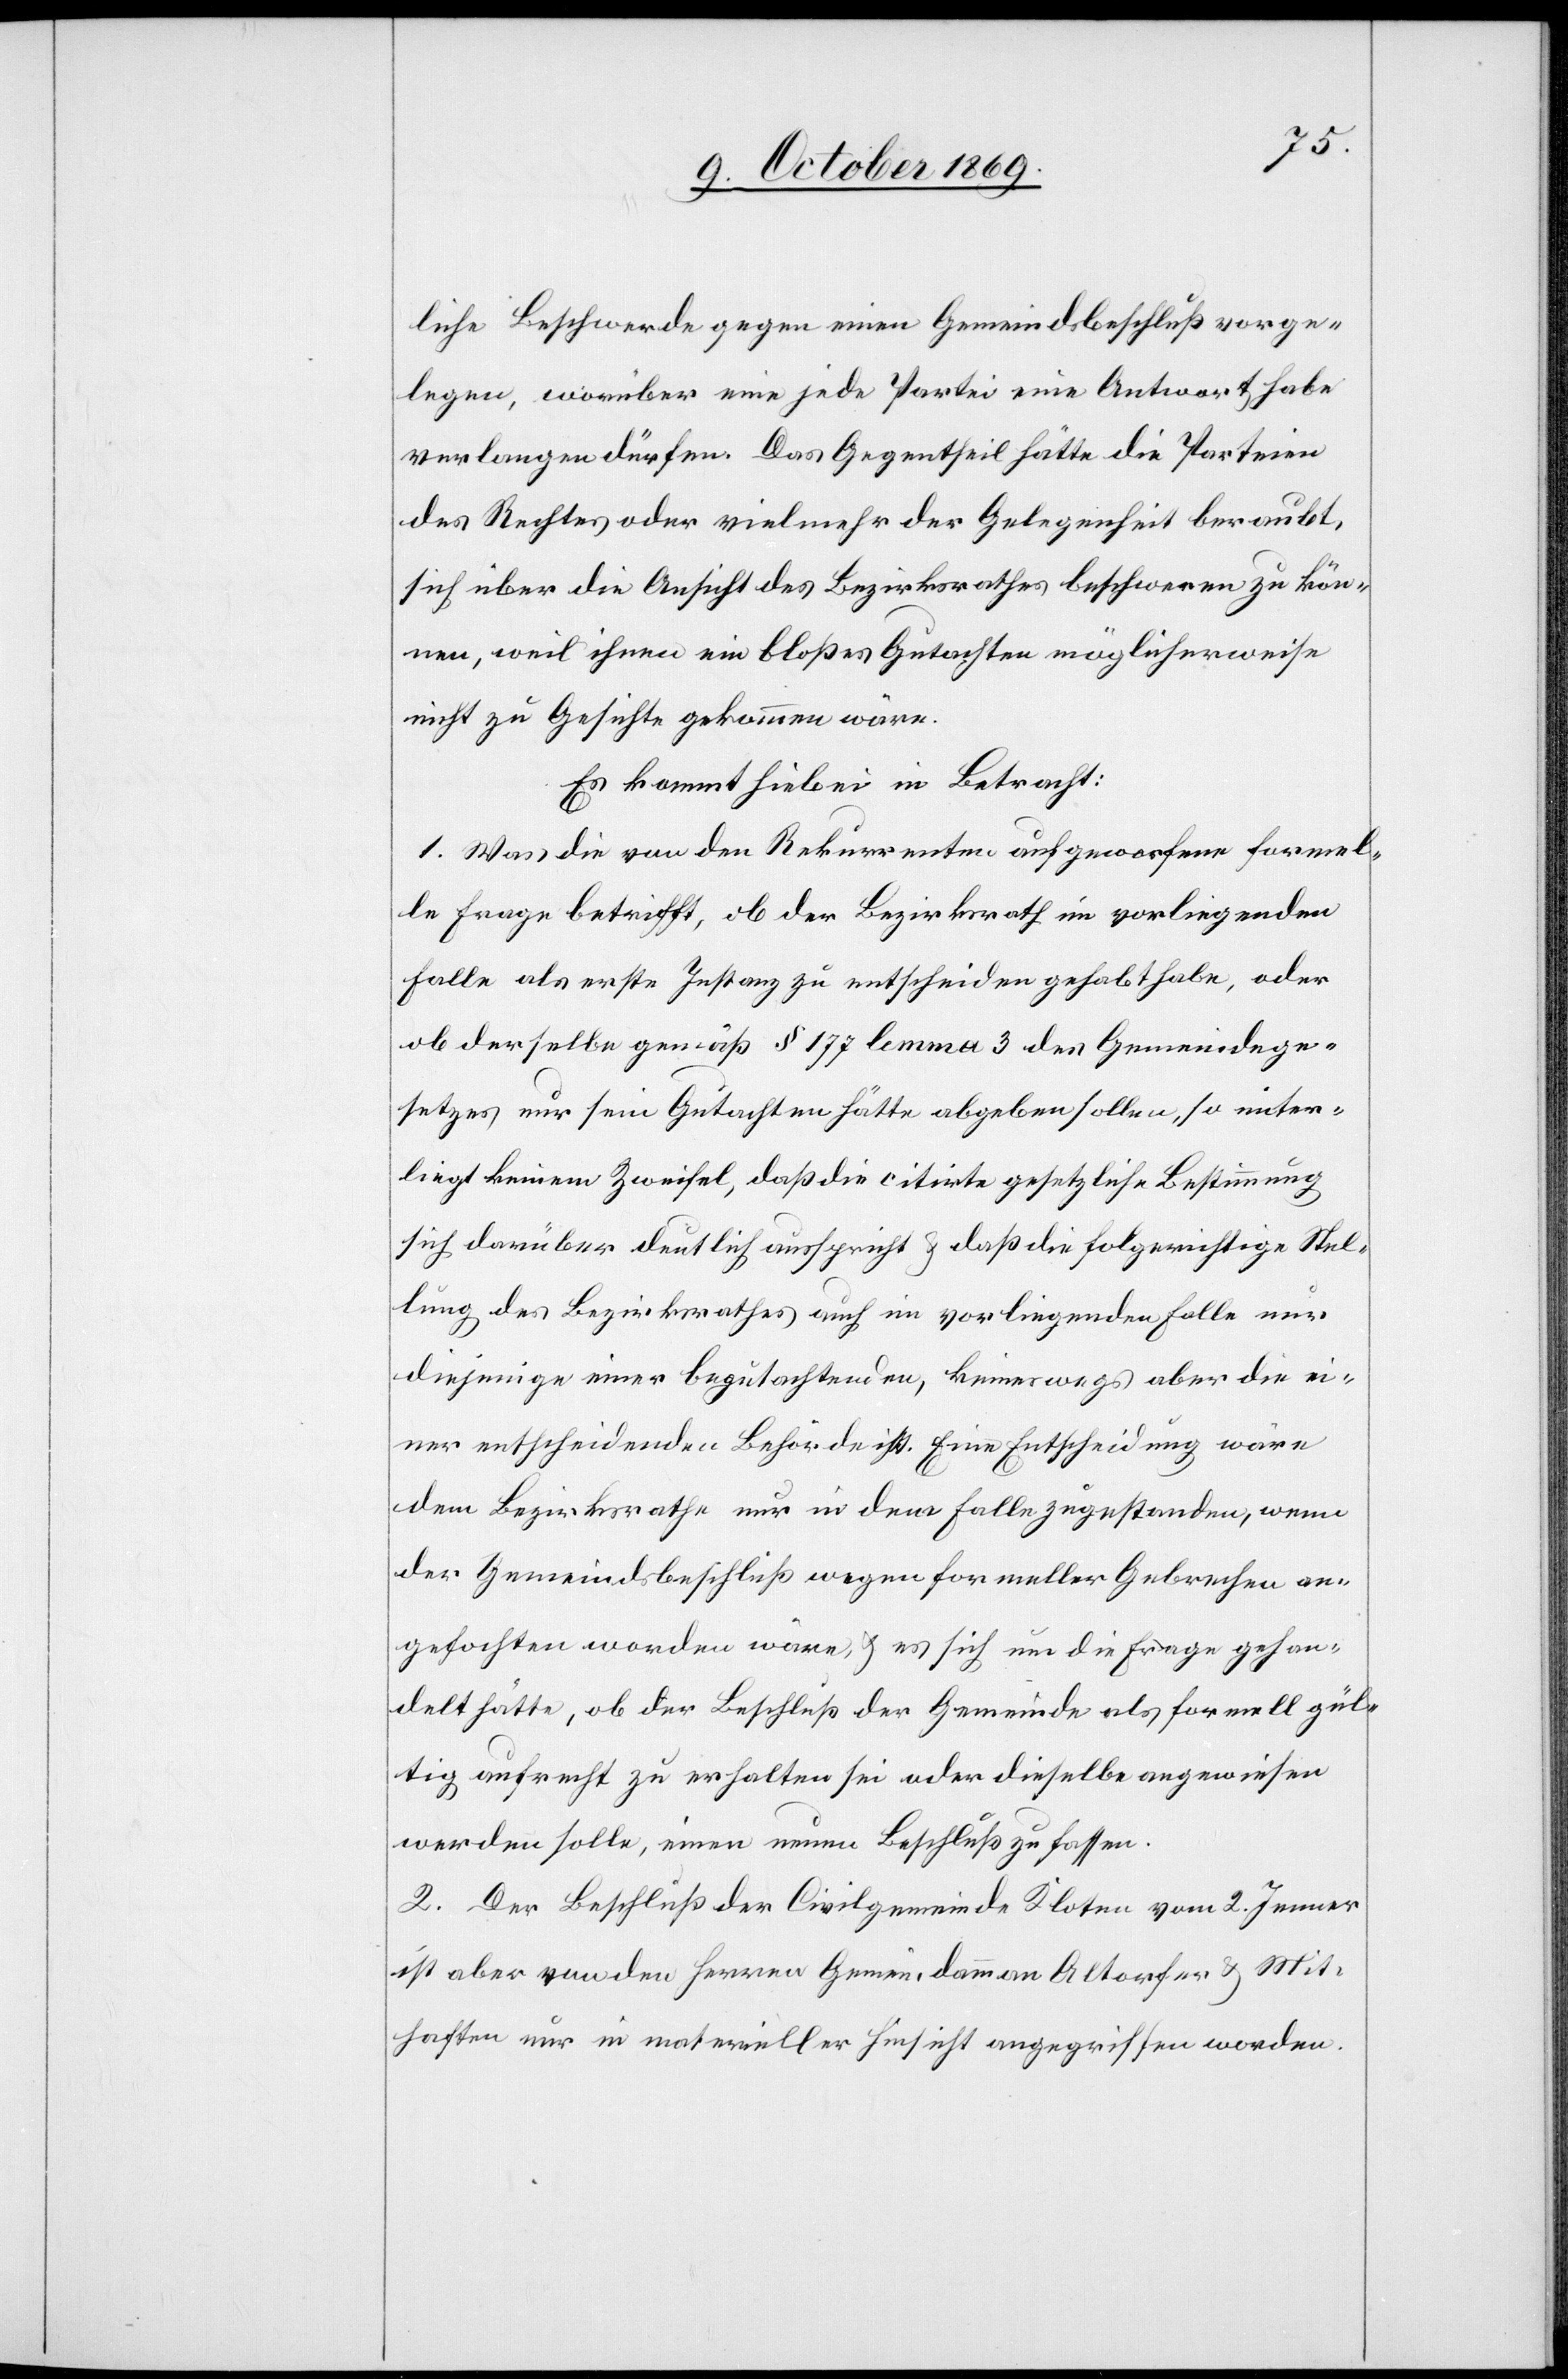
liche Beschwerde gegen einen Gemeindsbeschluß vorge¬
legen, worüber eine jede Partei eine Antwort habe
verlangen dürfen. Das Gegentheil hätte die Parteien
des Rechtes oder vielmehr der Gelegenheit beraubt,
sich über die Ansicht des Bezirksrathes beschweren zu kön¬
nen, weil ihnen ein bloßes Gutachten möglicherweise
nicht zu Gesichte gekommen wäre.
Es kommt hiebei in Betracht:
1. Was die von den Rekurrenten aufgeworfene formel¬
le Frage betrifft, ob der Bezirksrath im vorliegenden
Falle als erste Instanz zu entscheiden gehabt habe, oder
ob derselbe gemäß § 177 lemma 3 des Gemeindege¬
setzes nur sein Gutachten hätte abgeben sollen, so unter¬
liegt keinem Zweifel, daß die citirte gesetzliche Bestimmung
sich darüber deutlich ausspricht & daß die folgerichtige Stel¬
lung des Bezirksrathes auch im vorliegenden Falle nur
diejenige einer begutachtenden, keineswegs aber die ei¬
ner entscheidenden Behörde ist. Eine Entscheidung wäre
dem Bezirksrathe nur in dem Falle zugestanden, wenn
der Gemeindsbeschluß wegen formeller Gebrechen an¬
gefochten worden wäre, & es sich um die Frage gehan¬
delt hätte, ob der Beschluß der Gemeinde als formell gül¬
tig aufrecht zu erhalten sei oder dieselbe angewiesen
werden solle, einen neuen Beschluß zu fassen.
2. Der Beschluß der Civilgemeinde Kloten vom 2. Jenner
ist aber von den Herren Gemeindamman[n] Altorfer & Mit¬
haften nur in materieller Hinsicht angegriffen worden.